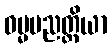
ဓမ္မပညတ္တိယာ